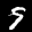
Label: 9